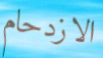
الازدحام